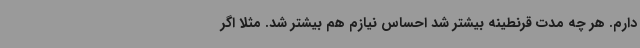
دارم. هر چه مدت قرنطینه بیشتر شد احساس نیازم هم بیشتر شد. مثلاً اگر